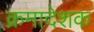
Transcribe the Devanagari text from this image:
क्रमादेशक